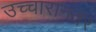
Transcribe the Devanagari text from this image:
उच्चारानंतर